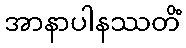
အာနာပါနဿတိံ